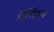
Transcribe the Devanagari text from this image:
मैगिया